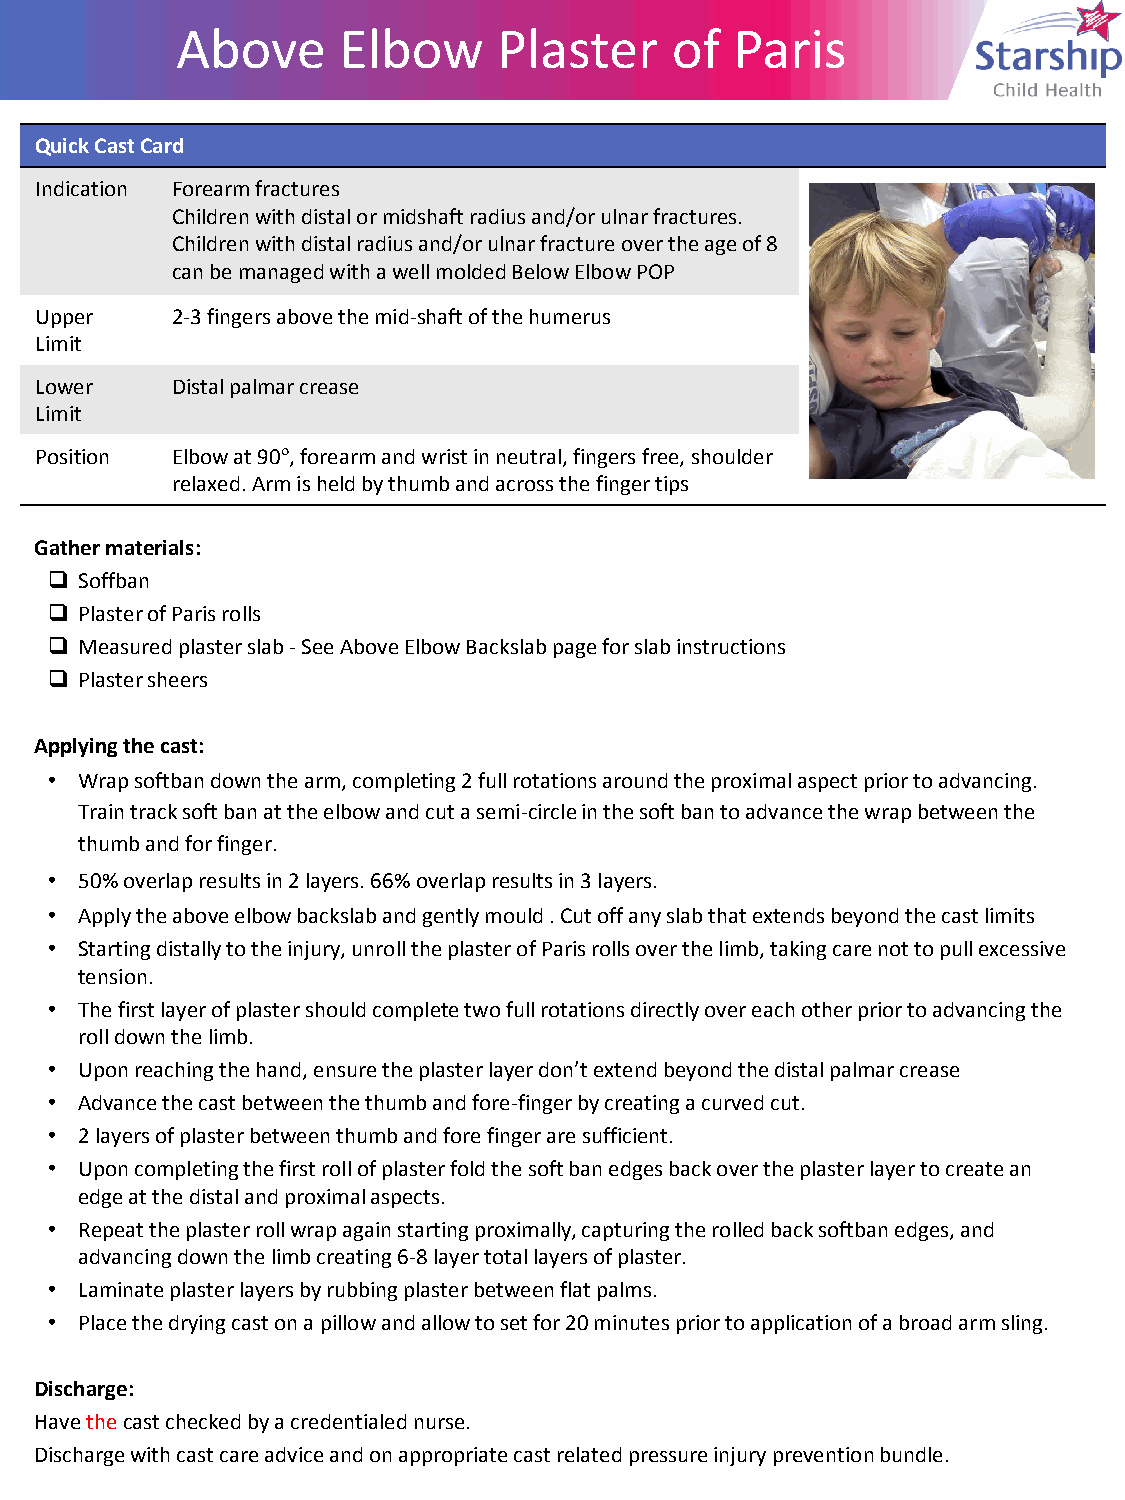
Above      Elbow
 Above     Elbow      Plaster    of   Paris
 Plaster     of  Paris
 Quick Cast Card
 Indication Forearm fractures
 Children with distal or midshaft radius and/or ulnar fractures.
 Children with distal radius and/or ulnar fracture over the age of 8
 can be managed with a well molded Below Elbow POP
 Upper    2-3 fingers above the mid-shaft of the humerus
 Limit
 Lower    Distal palmar crease
 Limit
 Position Elbow at 90°, forearm and wrist in neutral, fingers free, shoulder
 relaxed. Arm is held by thumb and across the finger tips
 Gather materials:
  Soffban
  Plaster of Paris rolls
  Measured plaster slab - See Above Elbow Backslab page for slab instructions
  Plaster sheers
 Applying the cast:
 • Wrap softban down the arm, completing 2 full rotations around the proximal aspect prior to advancing.
 Train track soft ban at the elbow and cut a semi-circle in the soft ban to advance the wrap between the
 thumb and for finger.
 • 50% overlap results in 2 layers. 66% overlap results in 3 layers.
 • Apply the above elbow backslab and gently mould . Cut off any slab that extends beyond the cast limits
 • Starting distally to the injury, unroll the plaster of Paris rolls over the limb, taking care not to pull excessive
 tension.
 • The first layer of plaster should complete two full rotations directly over each other prior to advancing the
 roll down the limb.
 • Upon reaching the hand, ensure the plaster layer don’t extend beyond the distal palmar crease
 • Advance the cast between the thumb and fore-finger by creating a curved cut.
 • 2 layers of plaster between thumb and fore finger are sufficient.
 • Upon completing the first roll of plaster fold the soft ban edges back over the plaster layer to create an
 edge at the distal and proximal aspects.
 • Repeat the plaster roll wrap again starting proximally, capturing the rolled back softban edges, and
 advancing down the limb creating 6-8 layer total layers of plaster.
 • Laminate plaster layers by rubbing plaster between flat palms.
 • Place the drying cast on a pillow and allow to set for 20 minutes prior to application of a broad arm sling.
 Discharge:
 Have the cast checked by a credentialed nurse.
 Discharge with cast care advice and on appropriate cast related pressure injury prevention bundle.